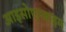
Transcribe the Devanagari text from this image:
आइसोएन्जाइम